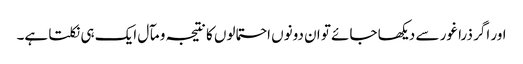
اور اگر ذرا غور سے دیکھا جائے تو ان دونوں احتمالوں کا نتیجہ و مآل ایک ہی نکلتا ہے۔